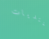
لمنتديات